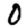
Digit: 0